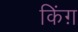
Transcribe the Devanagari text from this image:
किंग़